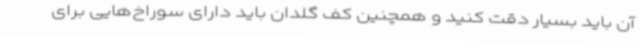
آن باید بسیار دقت کنید و همچنین کف گلدان باید دارای سوراخ‌هایی برای